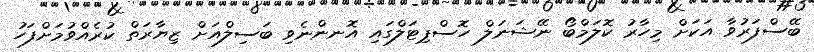
ބޭސްފަރުވާ އަކަށް މިހާރު ކޮލަމްބޯ ނޭޝަނަލް ހޮސްޕިޓަލްގައި އޮނންނެވި ބަސިލްއަށް ޒިޔާރަތް ކުރެއްވުމަށްފަހު